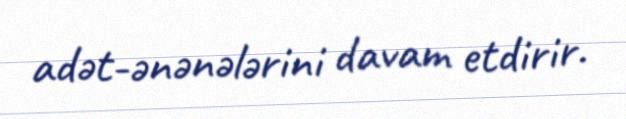
adət-ənənələrini davam etdirir.